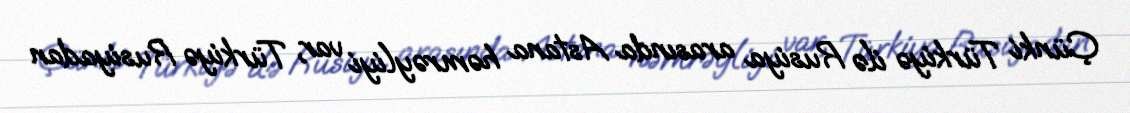
Çünki Türkiyə ilə Rusiya arasında Astana həmrəyliyi var, Türkiyə Rusiyadan